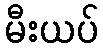
မီးယပ်